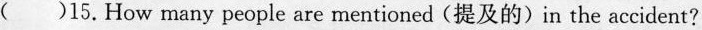
( )15.How many people are mentioned (提及的)in the accident?